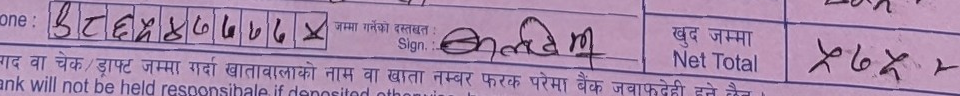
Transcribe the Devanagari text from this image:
९८६५४७७६६x